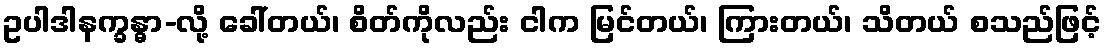
ဥပါဒါနက္ခန္ဓာ-လို့ ခေါ်တယ်၊ စိတ်ကိုလည်း ငါက မြင်တယ်၊ ကြားတယ်၊ သိတယ် စသည်ဖြင့်